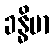
ခန္ဓိမာ